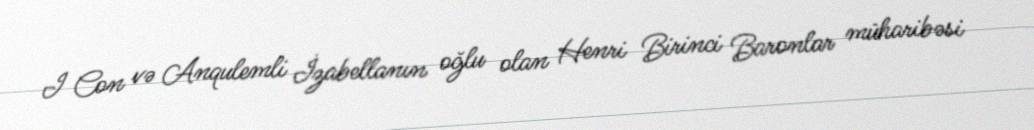
I Con və Anqulemli İzabellanın oğlu olan Henri Birinci Baronlar müharibəsi